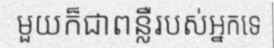
មួយក៏ជាពន្លឺរបស់អ្នកទេ